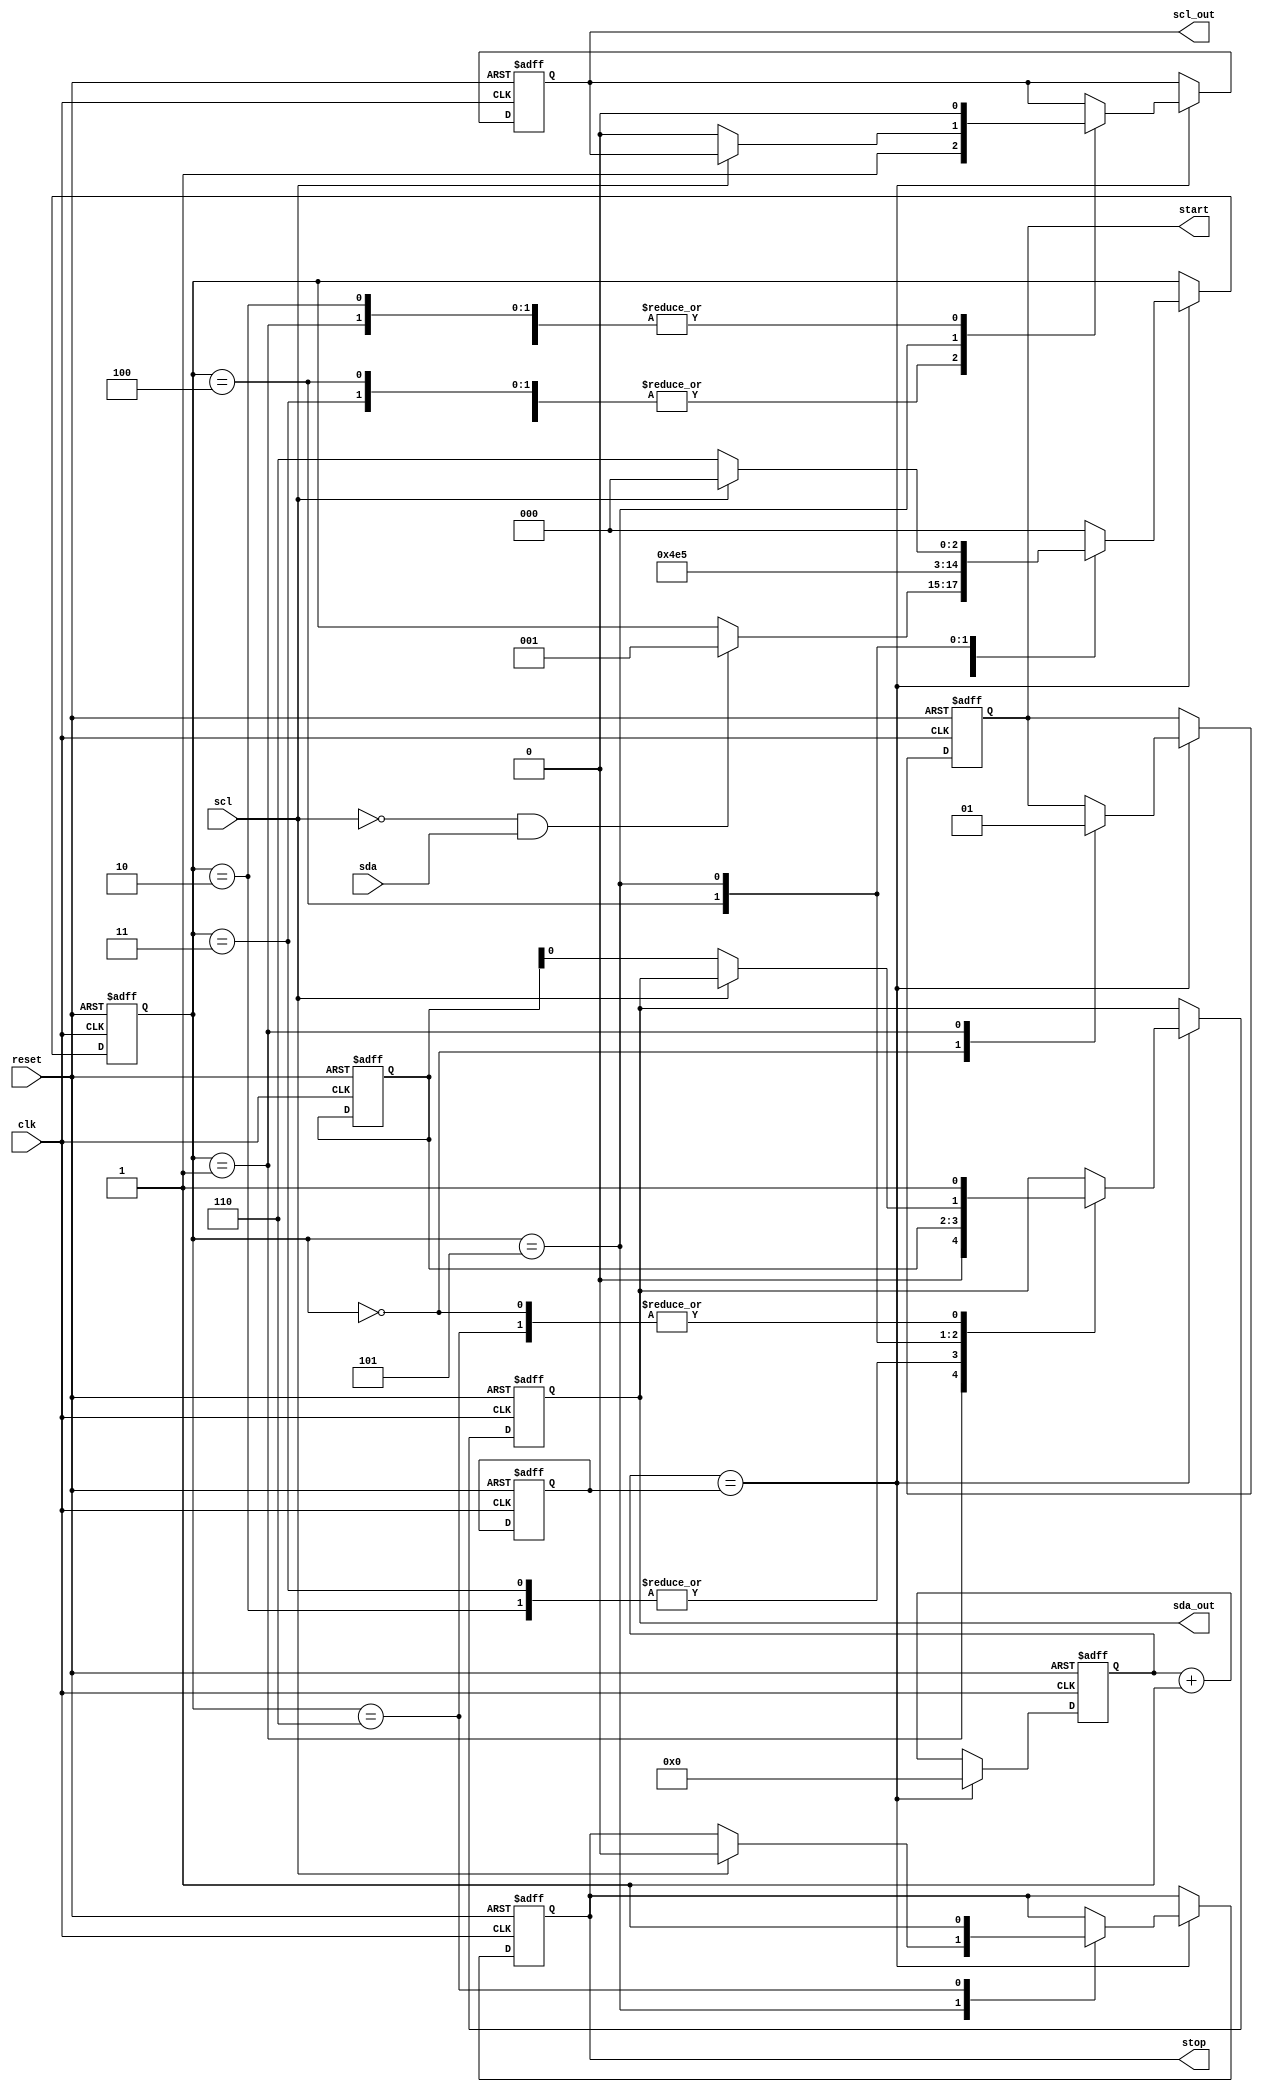
module i2c_timing_control_sync (
    input wire clk,
    input wire reset,
    input wire scl,
    input wire sda,
    output reg scl_out,
    output reg sda_out,
    output reg start,
    output reg stop
);

reg [11:0] counter;
reg [7:0] divisor;
reg [2:0] state;
reg [1:0] data;

always @(posedge clk or posedge reset) begin
    if (reset) begin
        counter <= 0;
        divisor <= 12'hFFF; // Adjust divisor value for desired clock frequency
        scl_out <= 1'b1;
        sda_out <= 1'b1;
        start <= 1'b0;
        stop <= 1'b0;
        state <= 3'b000;
        data <= 2'b00;
    end else begin
        if (counter == divisor) begin
            case (state)
                3'b000: begin
                    scl_out <= 1'b1;
                    sda_out <= 1'b1;
                    start <= 1'b0;
                    if (scl == 1'b0 && sda == 1'b1) begin
                        state <= 3'b001; // Start condition detected
                    end
                end
                3'b001: begin
                    scl_out <= 1'b0;
                    sda_out <= 1'b0;
                    start <= 1'b1;
                    state <= 3'b010;
                end
                3'b010: begin
                    scl_out <= 1'b0;
                    sda_out <= data[1];
                    state <= 3'b011;
                end
                3'b011: begin
                    scl_out <= 1'b1;
                    sda_out <= data[1];
                    state <= 3'b100;
                end
                3'b100: begin
                    scl_out <= 1'b1;
                    sda_out <= data[0];
                    state <= 3'b101;
                end
                3'b101: begin
                    if (scl == 1'b1) begin
                        stop <= 1'b0;
                        state <= 3'b000; // Stop condition detected
                    end else begin
                        scl_out <= 1'b0;
                        sda_out <= data[0];
                        state <= 3'b110;
                    end
                end
                3'b110: begin
                    scl_out <= 1'b0;
                    sda_out <= 1'b1;
                    stop <= 1'b1;
                    state <= 3'b000;
                end
                default: begin
                    state <= 3'b000;
                end
            endcase
            counter <= 0;
        end else begin
            counter <= counter + 1;
        end
    end
end

endmodule